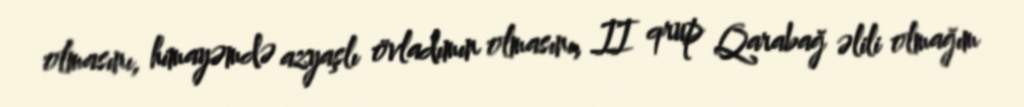
olmasını, himayəmdə azyaşlı övladımın olmasını, II qrup Qarabağ əlili olmağım